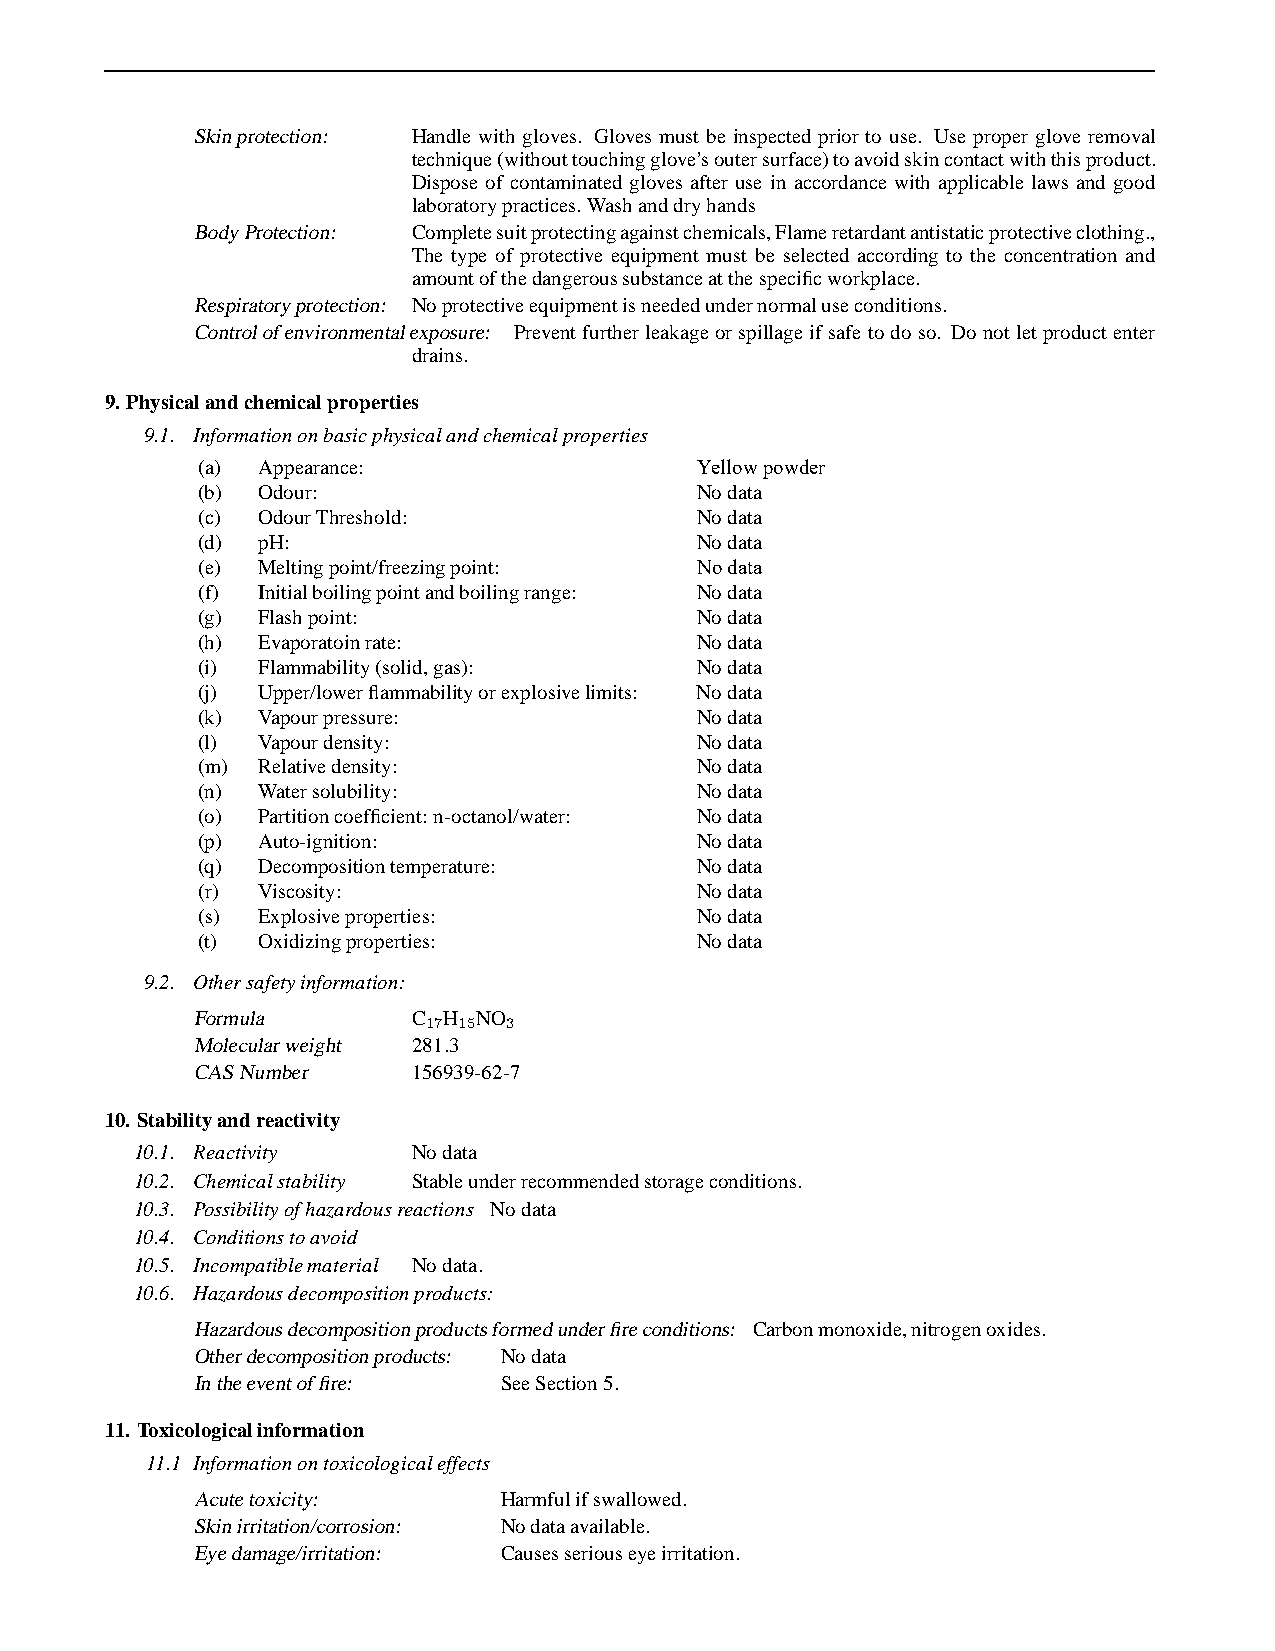
Skinprotection: Handle with gloves. Gloves must be inspected prior to use. Use proper glove removal
 technique(withouttouchingglove’soutersurface)toavoidskincontactwiththisproduct.
 Dispose of contaminated gloves after use in accordance with applicable laws and good
 laboratorypractices. Washanddryhands
 BodyProtection: Completesuitprotectingagainstchemicals,Flameretardantantistaticprotectiveclothing.,
 The type of protective equipment must be selected according to the concentration and
 amountofthedangeroussubstanceatthespecificworkplace.
 Respiratoryprotection: Noprotectiveequipmentisneededundernormaluseconditions.
 Controlofenvironmentalexposure: Preventfurtherleakageor spillageif safe to do so. Do notletproductenter
 drains.
 9. Physicalandchemicalproperties
 9.1. Informationonbasicphysicalandchemicalproperties
 (a) Appearance:                  Yellow powder
 (b) Odour:                       Nodata
 (c) OdourThreshold:              Nodata
 (d) pH:                          Nodata
 (e) Meltingpoint/freezingpoint:  No data
 (f) Initialboilingpointandboilingrange: Nodata
 (g) Flashpoint:                  Nodata
 (h) Evaporatoinrate:             Nodata
 (i) Flammability(solid,gas):     Nodata
 (j) Upper/lowerflammabilityorexplosivelimits: Nodata
 (k) Vapourpressure:              Nodata
 (l) Vapourdensity:               Nodata
 (m) Relativedensity:             Nodata
 (n) Watersolubility:             Nodata
 (o) Partitioncoefficient:n-octanol/water: Nodata
 (p) Auto-ignition:               Nodata
 (q) Decompositiontemperature:    Nodata
 (r) Viscosity:                   Nodata
 (s) Explosiveproperties:         Nodata
 (t) Oxidizingproperties:         Nodata
 9.2. Othersafetyinformation:
 Formula       C17H15NO3
 Molecularweight 281.3
 CASNumber     156939-62-7
 10. Stabilityandreactivity
 10.1. Reactivity  Nodata
 10.2. Chemicalstability Stableunderrecommendedstorageconditions.
 10.3. Possibilityofhazardousreactions Nodata
 10.4. Conditionstoavoid
 10.5. Incompatiblematerial Nodata.
 10.6. Hazardousdecompositionproducts:
 Hazardousdecompositionproductsformedunderfireconditions: Carbonmonoxide,nitrogenoxides.
 Otherdecompositionproducts: Nodata
 Intheeventoffire:   SeeSection5.
 11. Toxicologicalinformation
 11.1 Informationontoxicologicaleffects
 Acutetoxicity:      Harmfulifswallowed.
 Skinirritation/corrosion: Nodataavailable.
 Eyedamage/irritation: Causesseriouseyeirritation.